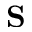
\mathbf { S }